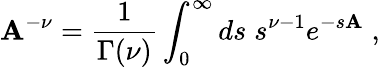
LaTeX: \mathbf{A}^{-\nu}=\frac{{1}}{{\Gamma(\nu)}}\int_{0}^{\infty}ds\; s^{\nu-1}e^{-s\mathbf{A}}\; ,